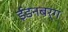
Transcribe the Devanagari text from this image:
ईडनबर्ग